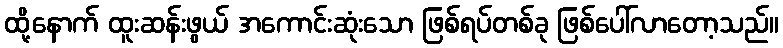
ထို့နောက် ထူးဆန်းဖွယ် အကောင်းဆုံးသော ဖြစ်ရပ်တစ်ခု ဖြစ်ပေါ်လာတော့သည်။